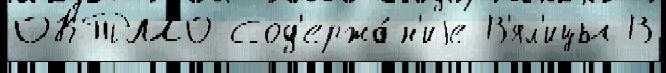
ОКТМО Сод'ержа́н'иjе В'ял'ицы В